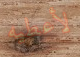
لأعطيه